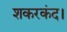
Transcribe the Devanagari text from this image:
शकरकंद।